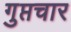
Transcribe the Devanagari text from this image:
गुप्तचार